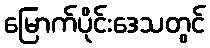
မြောက်ပိုင်းဒေသတွင်